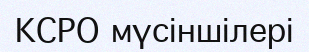
КСРО мүсіншілері